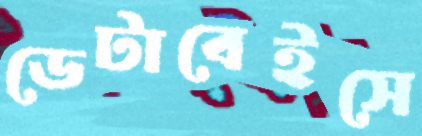
ডেটাবেইসে